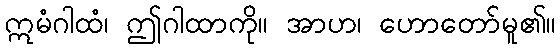
ဣမံဂါထံ၊ ဤဂါထာကို။ အာဟ၊ ဟောတော်မူ၏။